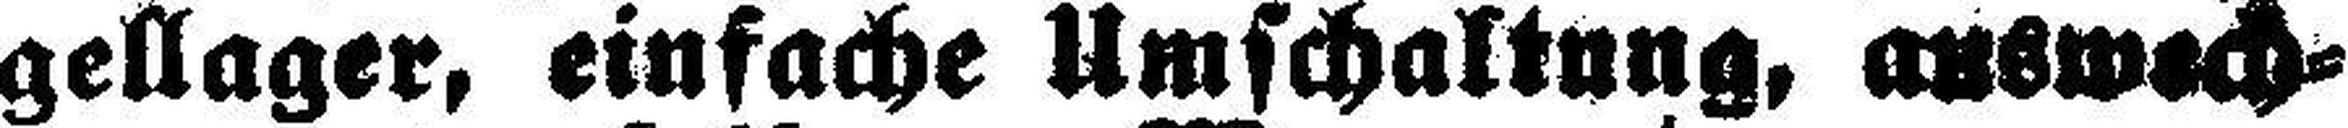
gellager, einfache Umschaltung, auswech¬